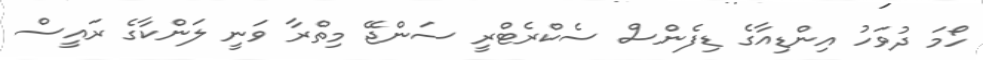
ހޯމަ ދުވަހު އިންޑިއާގެ ޑިފެންސް ސެކްރެޓްރީ ސަންޖޭ މިތްރާ ވަނީ ލަންކާގެ ރައީސް